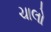
ચાલો